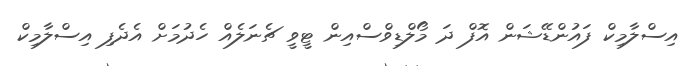
އިސްލާމިކް ފައުންޑޭޝަން އޮފް ދަ މޯލްޑިވްސްއިން ޓީވީ ޗެނަލެއް ހެދުމަށް އެދެފި އިސްލާމިކް